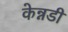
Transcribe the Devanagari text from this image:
केन्नडी